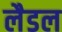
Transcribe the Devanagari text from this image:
लैडल